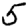
Digit: 5